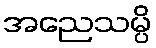
အညေသမ္ပိ